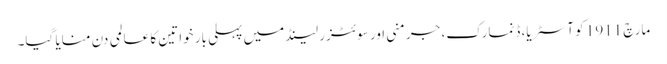
مارچ 1911 کو آسٹریا، ڈنمارک، جرمنی اور سوئٹزر لینڈ میں پہلی بار خواتین کا عالمی دن منایا گیا۔